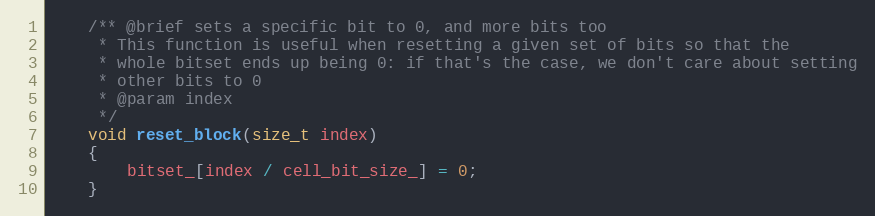
Language: C
    /** @brief sets a specific bit to 0, and more bits too
     * This function is useful when resetting a given set of bits so that the
     * whole bitset ends up being 0: if that's the case, we don't care about setting
     * other bits to 0
     * @param index
     */
    void reset_block(size_t index)
    {
        bitset_[index / cell_bit_size_] = 0;
    }